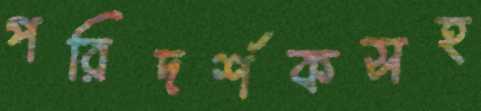
পরিদর্শকসহ